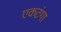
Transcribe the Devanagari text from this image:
एकटंगा